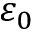
\varepsilon _ { 0 }